Bréfritari: Sigríður Pálsdóttir
Viðtakandi: Páll Pálsson
Dagsetning: A-1865-07-13
Skrifað á: Breiðabólsstað  Rang.
Páll var bróðir Sigríðar

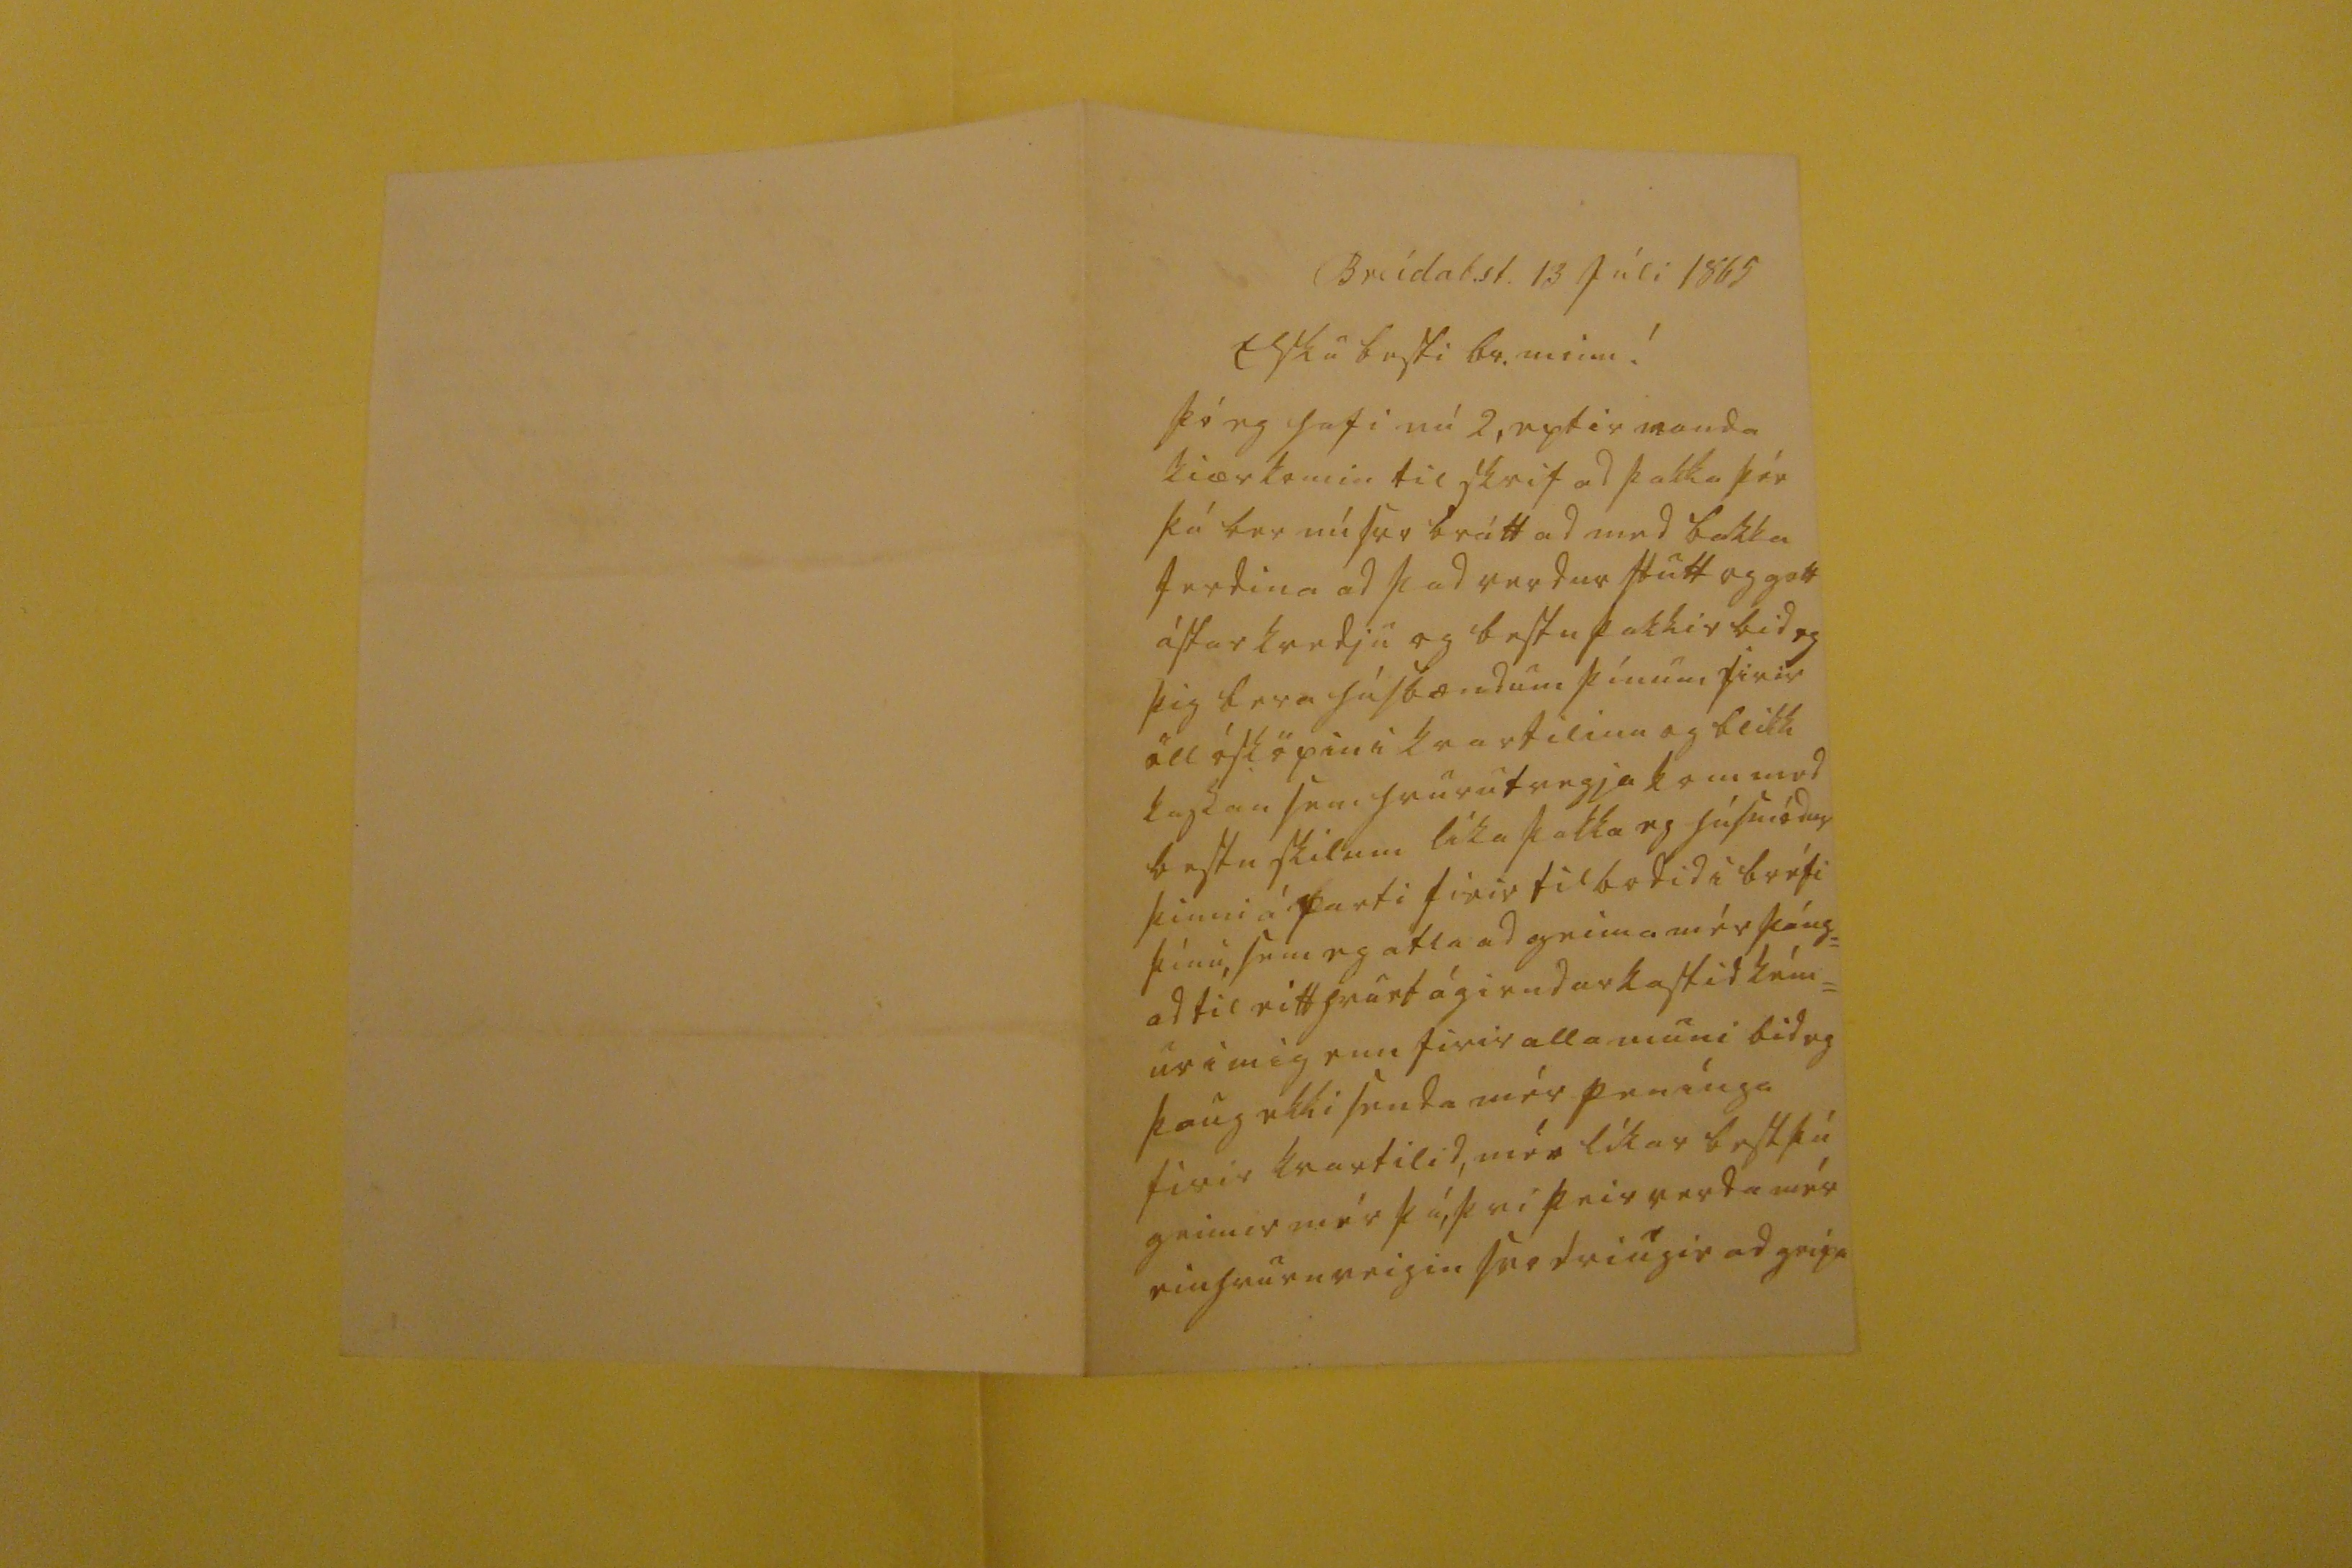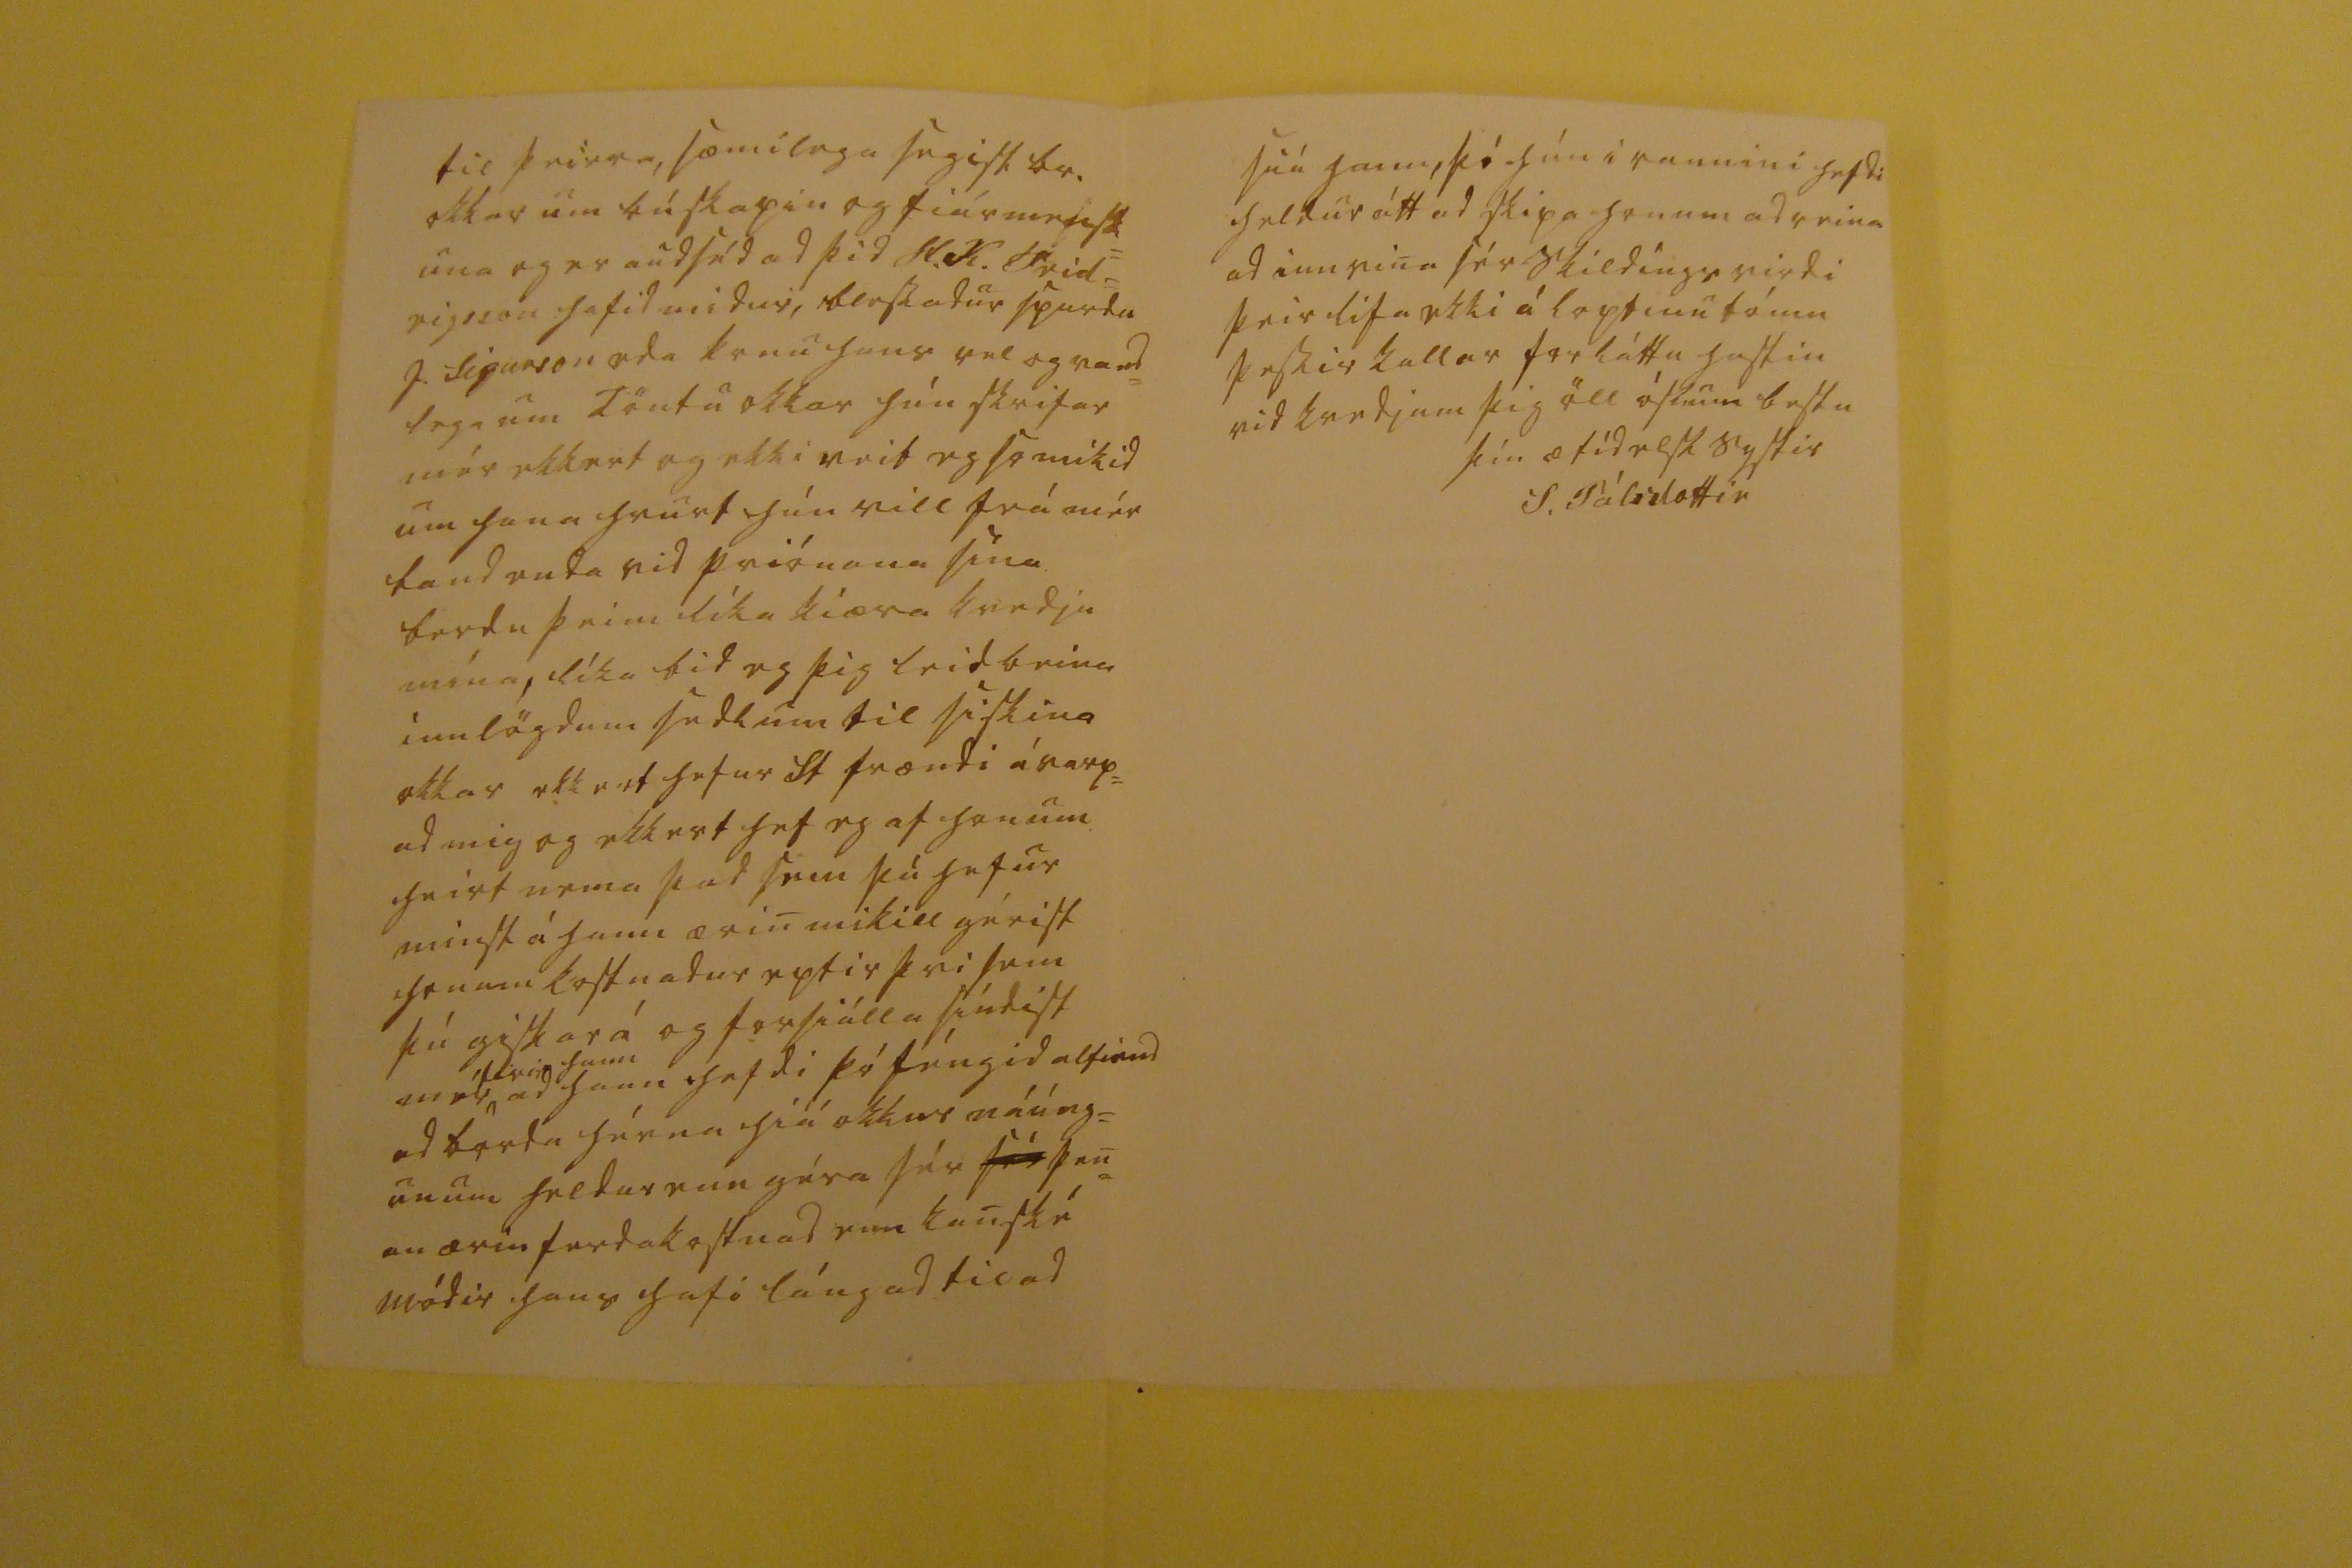

Breidab.st. 13 júli 1865
Elsku besti br. minn!
þó eg hafi nú 2, eptir vanda kiærkomin tilskrif ad þakka þér þá ber nú svo brátt ad med bakka ferdina ad þad verdur stutt og gott ástarkvedju og bestu þakkir bid eg þig bera húsbændum þínum firir öll ósköpin i kvartilinu og blikk kassan sem hvurutvegja kom med bestu skilum líka þakka eg húsmódur þinni á þarfi firir tilbodid i bréfi þínu, sem eg atla ad geima mér þáng= ad til eitthvurt ágirndarkastid kém= ur i mig enn firir alla muni bid eg þaug ekki senda mér penínga firir kvartilid, mér líkar best þú geimir mér þá, þvi þeir verda mér einhvurnveigin svo driúgir ad grípa
til þeirra, sæmilega segist br. okkar um búskapin og fiármensk= una og er audséd ad þid
0l.K. 0eid= eigsson
hafid midur, blessadur spurdu J. Sigurson eda konu hans vel og vand= lega um Töntu okkar hún skrifar mér ekkert og ekki veit eg somikid um hana hvurt hún vill frá mér bandenda vid priónana sína berdu þeim líka kiæra kvedju mína, líka bid eg þig leidbeina innlögdum sedlum til siskina okkar ekkert hefur St frændi ávarp= ad mig og ekkert hef eg af honum heirt nema þad sem þú hefur minst á hann ærin mikill gérist
framakostnadur
eptir þvi sem þú giskar á og forsiálla síndist mér
firir hann
ad hann hefdi þó féngid altiend ad borda hérna hiá okkur náúng= unum heldur enn géra sér
sér
þen= an ærin ferdakostnad enn kanské módir hans hafi lángad til ad
siá hann, þó hún i raunini hefdi heldur átt ad skipa honum ad reina ad innvina sér skildings virdi þeir lifa ekki á loptinu tómu þessir kallar forláttu hastin vid kvedjum þig öll óskum bestu
þín ætíd elsk systir
S. Pálsdottir